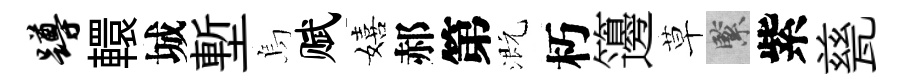
蹲轘城塹烏赋嬉郝第溉朽籩草緊紫甆